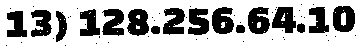
13) 128.256.64.10